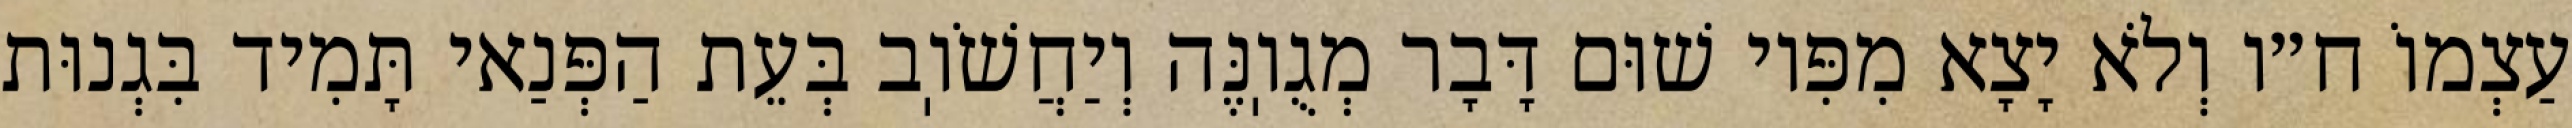
עַצְמוֹ ח״ו וְלֹא יָצָא מִפִּיו שׁוּם דָּבָר מְגֻוֽנֶּה וְיַחֲשֹׁוֽב בְּעֵת הַפְּנַאי תָּמִיד בִּגְנוּת